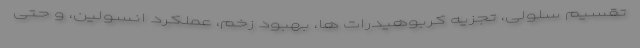
تقسیم سلولی، تجزیه کربوهیدرات ها، بهبود زخم، عملکرد انسولین، و حتی